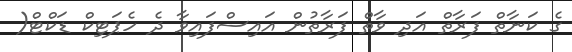
ގެ ކަނާތް ފަރާތް އަދި ވާތް ފަރާތުން އައިސްފައިވާ ދެ ހެޕަޓިކް ޑަކްޓް(